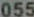
055